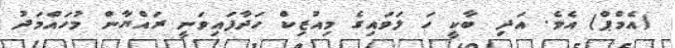
(އެމްޕް) އެވެ. އަދި ބާކީ ހަ ލަވައިގެ މިއުޒިކް ހަދާފައިވަނީ ރައްޔާން މުހައްމަދު